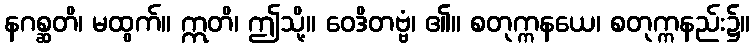
နဂစ္ဆတိ၊ မထွက်။ ဣတိ၊ ဤသို့။ ဝေဒိတဗ္ဗံ၊ ၏။ စတုက္ကနယေ၊ စတုက္ကနည်း၌။